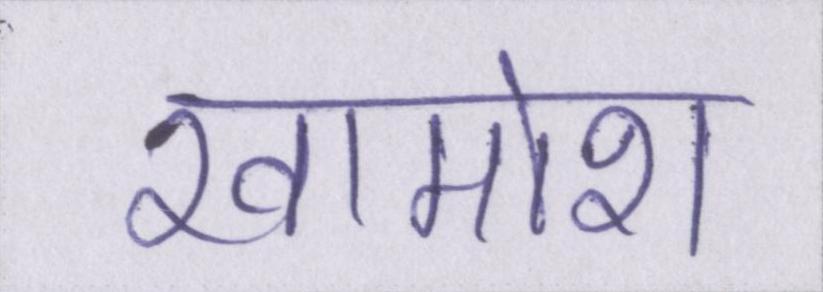
खामोश